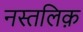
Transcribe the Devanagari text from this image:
नस्तलिक़